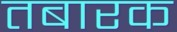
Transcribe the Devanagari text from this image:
तबारक